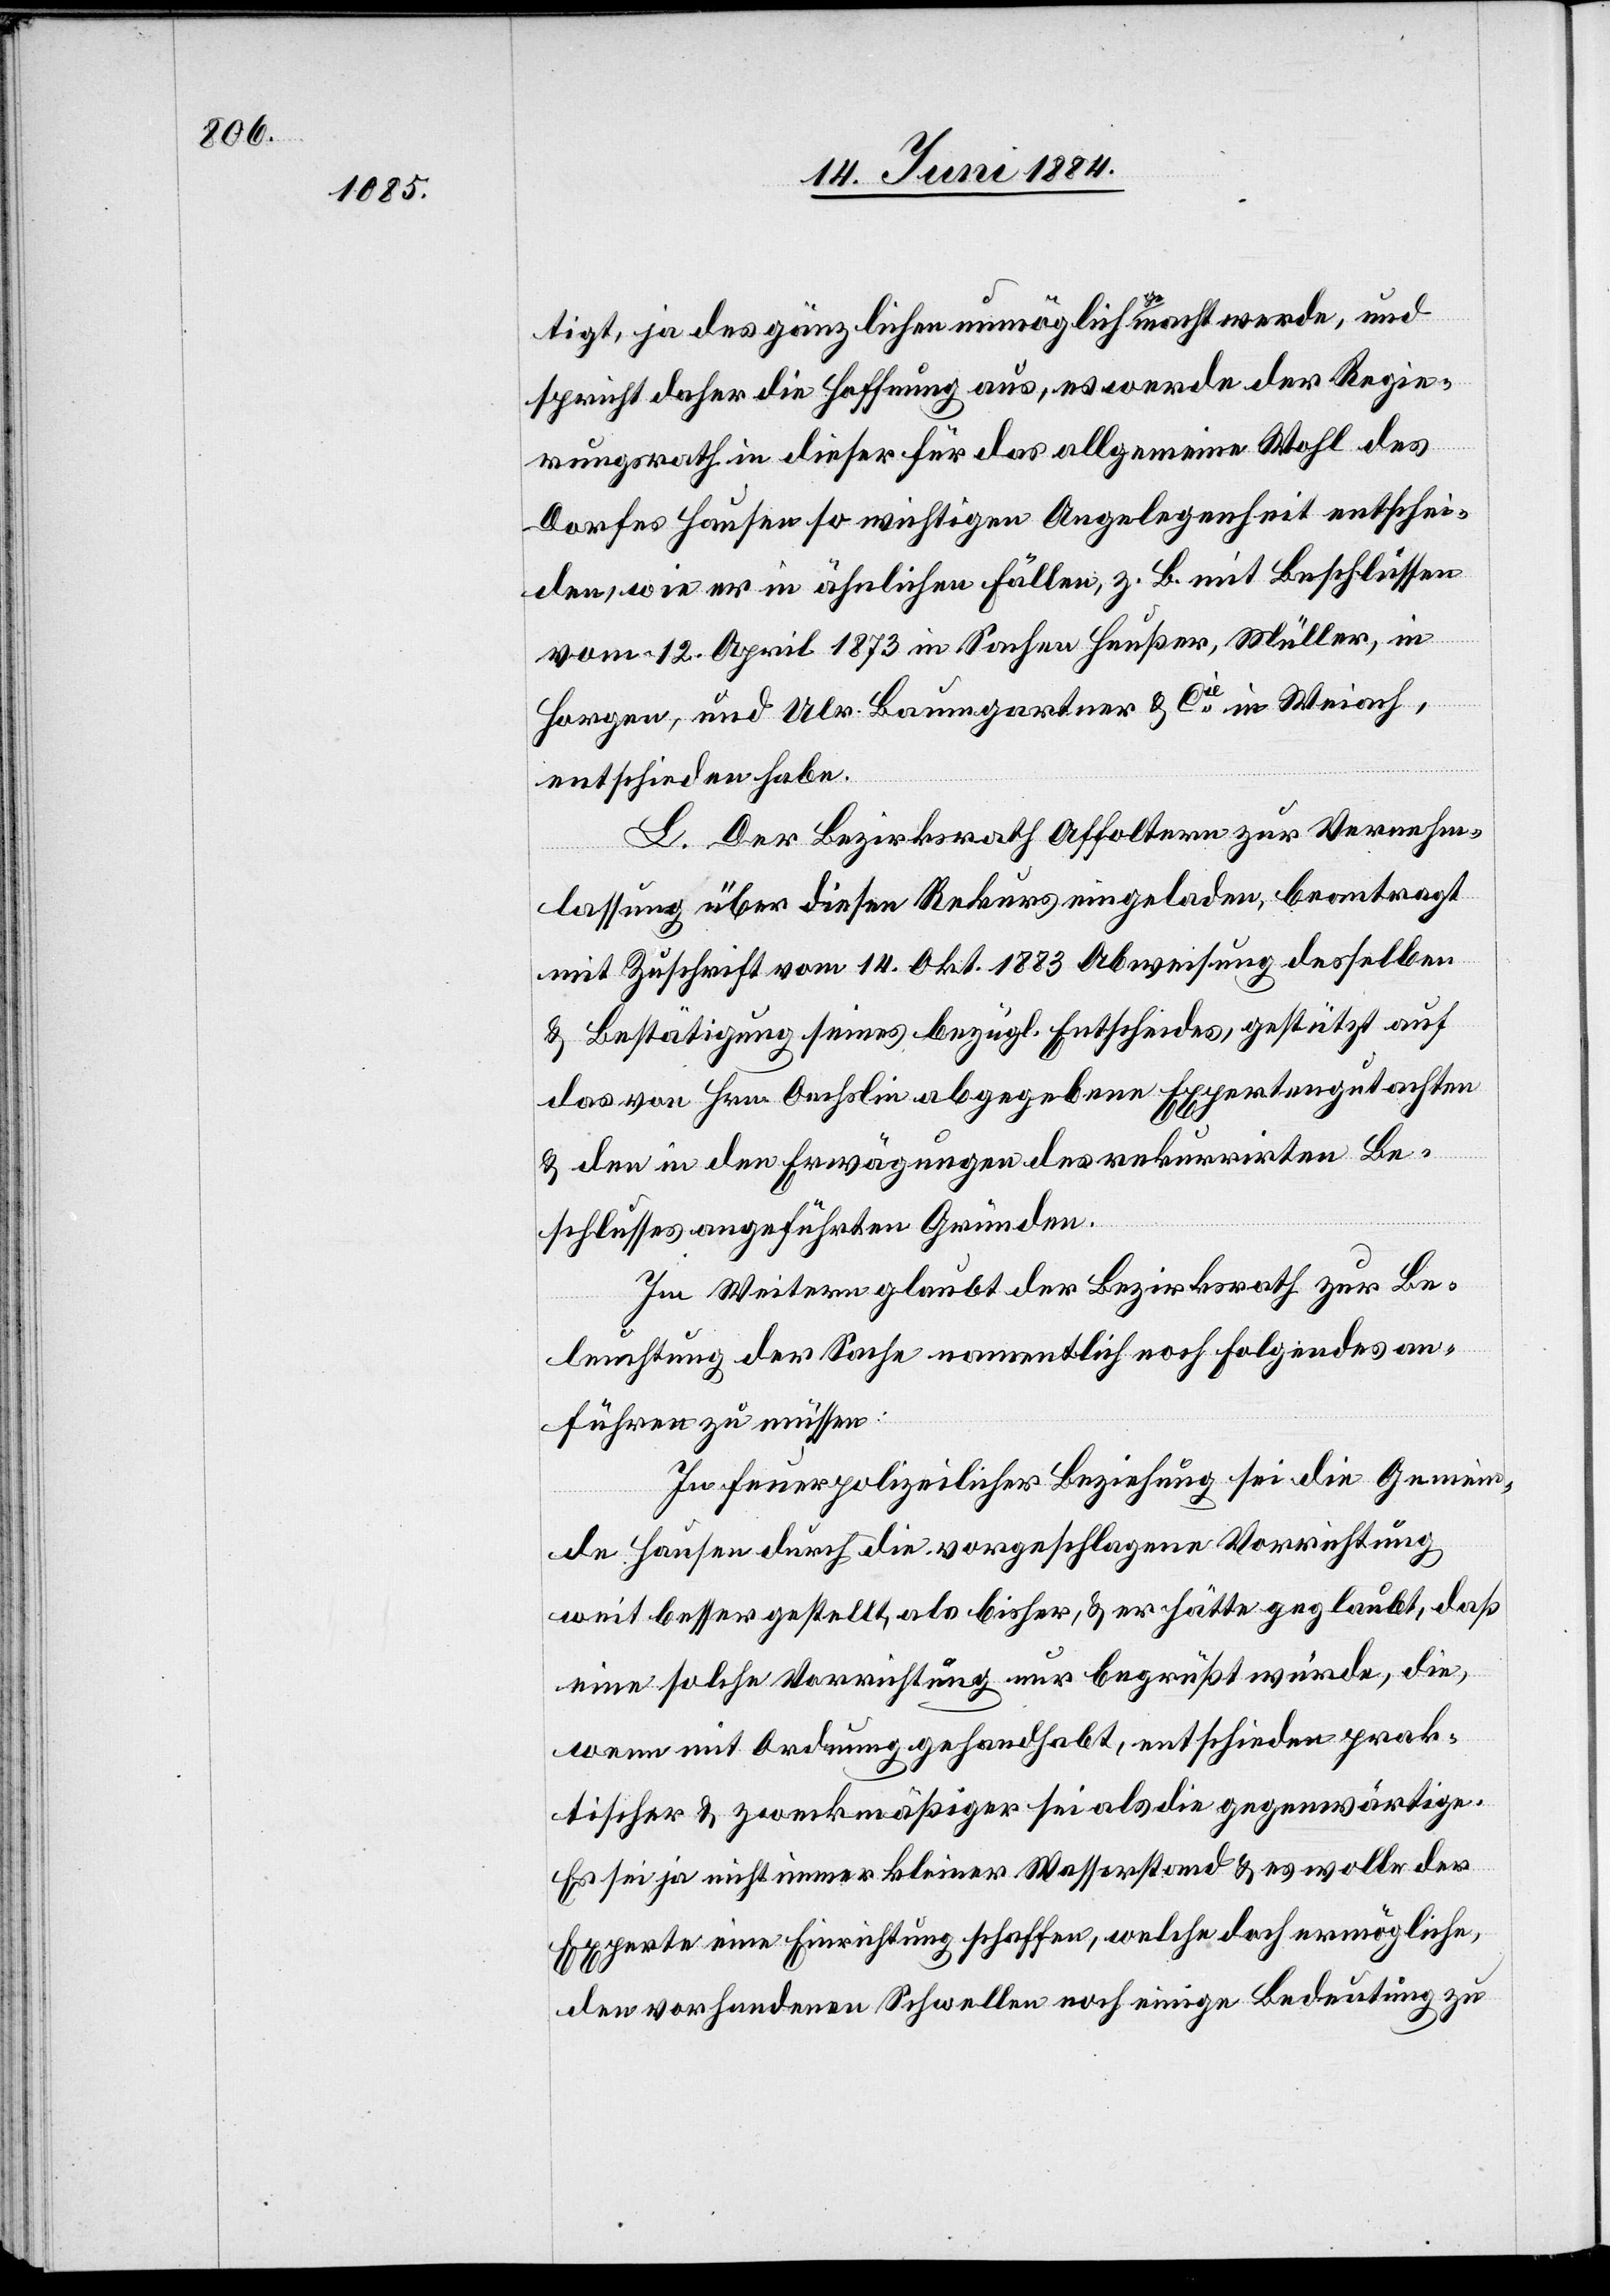
tigt, ja des gänzlichen möglich gemacht werde, und
spricht daher die Hoffnung aus, es werde der Regie¬
rungsrath in dieser für das allgemeine Wohl des
Dorfes Hausen so wichtigen Angelegenheit entschei¬
den, wie er in ähnlichen Fällen, z. B. mit Beschlüssen
vom 12. April 1873 in Sachen Heußer, Müller, in
Horgen, und Ulr. Baumgartner & Cie in Weiach,
entschieden habe.
L. Der Bezirksrath Affoltern zur Vernehm¬
lassung über diesen Rekurs eingeladen, beantragt
mit Zuschrift vom 14. Okt. 1883 Abweisung desselben
& Bestätigung seines bezügl. Entscheides, gestützt auf
das von Hrn. Oechslin abgegebene Expertengutachten
& den in den Erwägungen des rekurrirten Be¬
schlusses angeführten Gründen.
Im Weiteren glaubt der Bezirksrath zur Be¬
leuchtung der Sache namentlich noch Folgendes an¬
führen zu müssen:
In feuerpolizeilicher Beziehung sei die Gemein¬
de Hausen durch die vorgeschlagene Vorrichtung
weit besser gestellt, als bisher, & er hätte geglaubt, daß
eine solche Vorrichtung nur begrüßt würde, die,
wenn mit Ordnung gehandhabt, entschieden prak¬
tischer & zweckmäßiger sei als die gegenwärtige.
Es sei ja nicht immer kleiner Wasserstand & es solle der
Experte eine Einrichtung schaffen, welche doch ermögliche,
den vorhandenen Schwellen noch einige Bedeutung zu